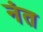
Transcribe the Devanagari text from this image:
नंत